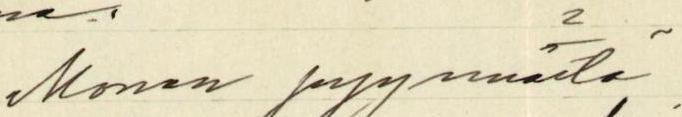
Monen pyynnöstä